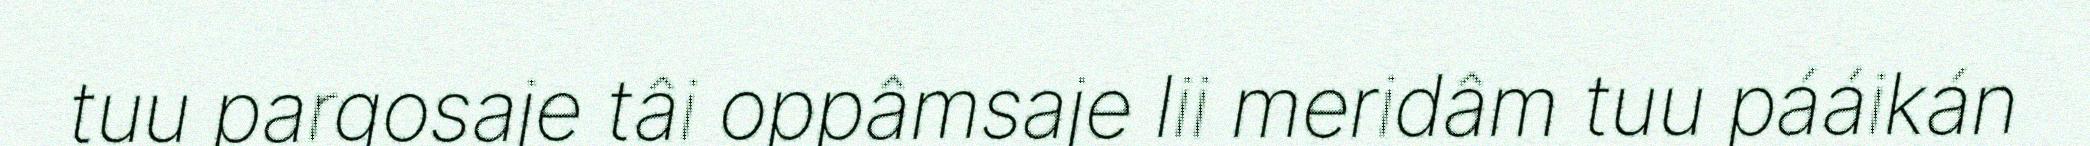
tuu pargosaje tâi oppâmsaje lii meridâm tuu pááikán